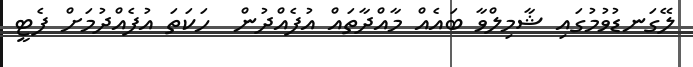
ލޭގަނޑުވުމުގައި ޝާމިލްވާ ބައެއް މާއްދާތައް އުފެއްދުން  ހަކަތަ އުފެއްދުމަށް ފެޓީ